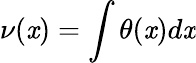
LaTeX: \nu(\mathit{x})=\int\theta(\mathit{x})d\mathit{x}